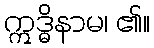
ဣဒ္ဓိနာမ၊ ၏။